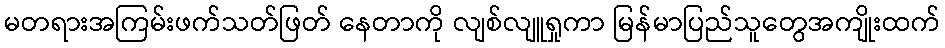
မတရားအကြမ်းဖက်သတ်ဖြတ် နေတာကို လျစ်လျူရှုကာ မြန်မာပြည်သူတွေအကျိုးထက်